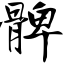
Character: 髀